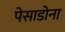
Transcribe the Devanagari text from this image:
पेसाडोना